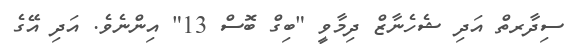
ސިދާރތް އަދި ޝެހެނާޒް ދިމާވީ "ބިގް ބޮސް 13" އިންނެވެ. އަދި އޭގެ